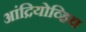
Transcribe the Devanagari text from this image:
आंद्रियोव्हिच